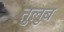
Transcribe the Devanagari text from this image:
तुलुब